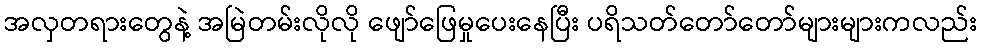
အလှတရားတွေနဲ့ အမြဲတမ်းလိုလို ဖျော်ဖြေမှုပေးနေပြီး ပရိသတ်တော်တော်များများကလည်း